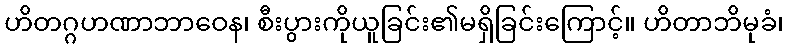
ဟိတဂ္ဂဟဏာဘာဝေန၊ စီးပွားကိုယူခြင်း၏မရှိခြင်းကြောင့်။ ဟိတာဘိမုခံ၊